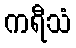
ကရီသံ